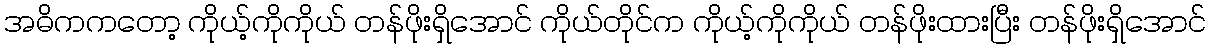
အဓိကကတော့ ကိုယ့်ကိုကိုယ် တန်ဖိုးရှိအောင် ကိုယ်တိုင်က ကိုယ့်ကိုကိုယ် တန်ဖိုးထားပြီး တန်ဖိုးရှိအောင်